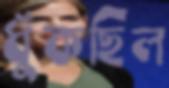
ধুঁকছিল